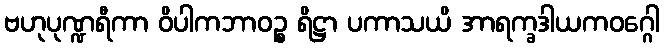
ဗဟုပုဏ္ဍရီကာ ဝိပါကဘာဝဉ္စ ရိဋ္ဌာ ပကာသယိ အာရက္ခဒါယကဝဂ္ဂေါ